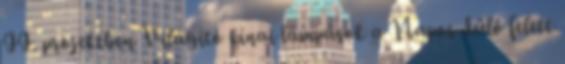
II. projektben Világító kínai lámpások a Napos dűlő felett